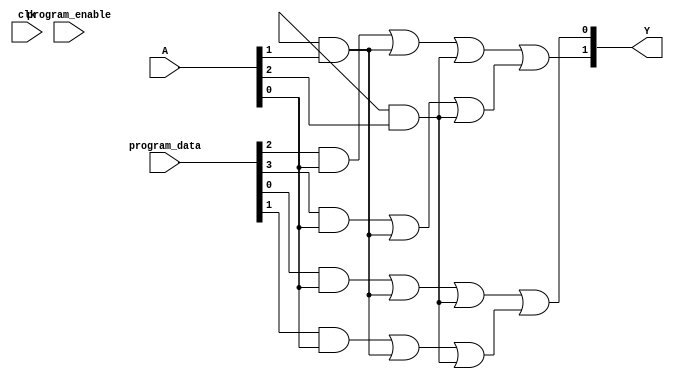
module FlashProgrammablePAL (
    input wire [N-1:0] A,  // Input signals (A, B, C, etc.)
    input wire [M-1:0] program_data, // Programming data for AND array
    input wire program_enable, // Enable signal for programming
    input wire clk, // Clock signal for synchronous operations
    output wire [P-1:0] Y // Output signals
);

parameter N = 3; // Number of input signals (e.g., A, B, C)
parameter M = 8; // Number of programmable AND gates
parameter P = 2; // Number of output signals

// Internal signals
wire [M-1:0] and_out; // Outputs from AND gates
wire [P-1:0] or_out; // Outputs from OR gates

// Programmable AND array
genvar i;
generate
    for (i = 0; i < M; i = i + 1) begin : and_array
        // Each AND gate can be programmed based on program_data
        assign and_out[i] = (program_data[i] & A[0]) | (program_data[i + M] & A[1]) | (program_data[i + 2*M] & A[2]);
    end
endgenerate

// Fixed OR array
assign or_out[0] = and_out[0] | and_out[1]; // Example OR logic for output Y[0]
assign or_out[1] = and_out[2] | and_out[3]; // Example OR logic for output Y[1]

// Output assignment
assign Y = or_out;

// Programming logic (simplified)
always @(posedge clk) begin
    if (program_enable) begin
        // Logic to program the AND array based on program_data
        // This part would typically involve flash memory operations
        // Here we assume program_data directly sets the connections
    end
end

endmodule